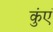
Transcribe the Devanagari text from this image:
कुंएं